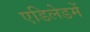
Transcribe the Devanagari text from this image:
एडिलेडमें